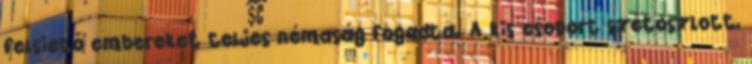
felsiető embereket teljes némaság fogadta. A kis csoport szétoszlott,